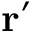
\mathbf { r ^ { \prime } }